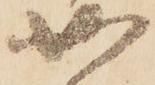
如